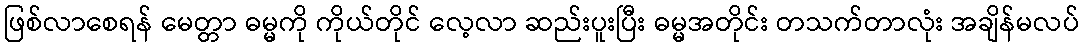
ဖြစ်လာစေရန် မေတ္တာ ဓမ္မကို ကိုယ်တိုင် လေ့လာ ဆည်းပူးပြီး ဓမ္မအတိုင်း တသက်တာလုံး အချိန်မလပ်